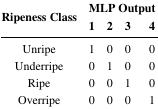
<table><thead><tr><td rowspan="2"><b>Ripeness Class</b></td><td colspan="4"><b>MLP Output</b></td></tr><tr><td><b>1</b></td><td><b>2</b></td><td><b>3</b></td><td><b>4</b></td></tr></thead><tbody><tr><td>Unripe</td><td>1</td><td>0</td><td>0</td><td>0</td></tr><tr><td>Underripe</td><td>0</td><td>1</td><td>0</td><td>0</td></tr><tr><td>Ripe</td><td>0</td><td>0</td><td>1</td><td>0</td></tr><tr><td>Overripe</td><td>0</td><td>0</td><td>0</td><td>1</td></tr></tbody></table>